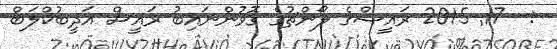
:  17